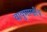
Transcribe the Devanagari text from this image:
वायुमण्डीय